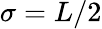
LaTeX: \sigma=L/2